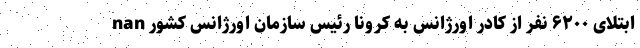
nan ابتلای ۶۲۰۰ نفر از کادر اورژانس به کرونا رئیس سازمان اورژانس کشور